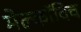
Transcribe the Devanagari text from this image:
मेल्काॅविच